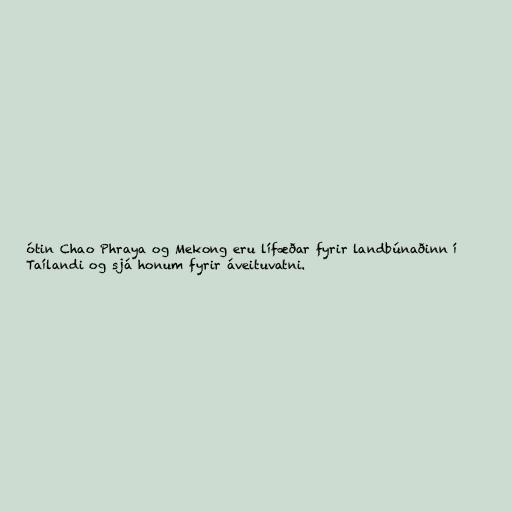
ótin Chao Phraya og Mekong eru lífæðar fyrir landbúnaðinn í
Taílandi og sjá honum fyrir áveituvatni.